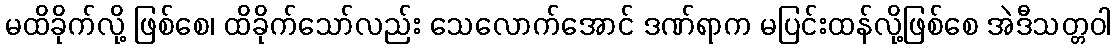
မထိခိုက်လို့ ဖြစ်စေ၊ ထိခိုက်သော်လည်း သေလောက်အောင် ဒဏ်ရာက မပြင်းထန်လို့ဖြစ်စေ အဲဒီသတ္တဝါ